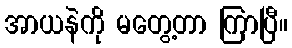
အာယနဲကို မတွေ့တာ ကြာပြီ။